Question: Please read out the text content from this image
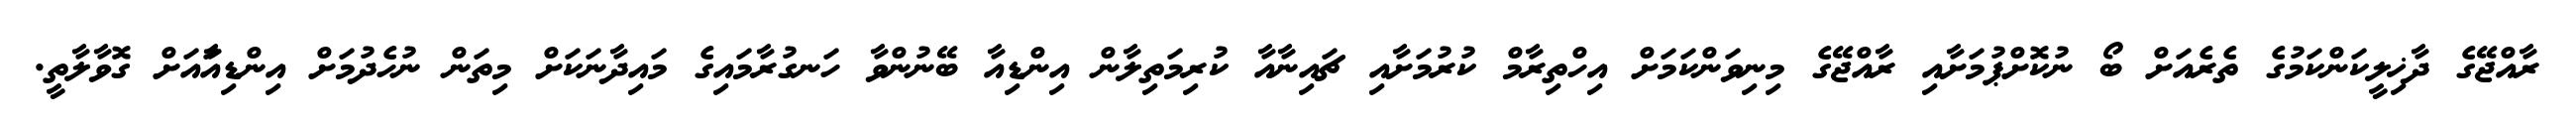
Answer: ރާއްޖޭގެ ދާޚިލީކަންކަމުގެ ތެރެއަށް ބޯ ނުކޮށްޕުމަށާއި ރާއްޖޭގެ މިނިވަންކަމަށް އިހްތިރާމް ކުރުމަށާއި ޗައިނާއާ ކުރިމަތިލާން އިންޑިއާ ބޭނުންވާ ހަނގުރާމައިގެ މައިދާނަކަށް މިތަން ނުހެދުމަށް އިންޑިއާައަށް ގޮވާލާތީ.